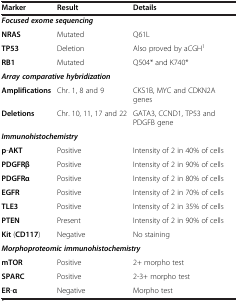
<table><thead><tr><td><b>Marker</b></td><td><b>Result</b></td><td><b>Details</b></td></tr></thead><tbody><tr><td colspan="3"><b><i>Focused exome sequencing</i></b></td></tr><tr><td><b>NRAS</b></td><td>Mutated</td><td>Q61L</td></tr><tr><td><b>TP53</b></td><td>Deletion</td><td>Also proved by aCGH<sup>1</sup></td></tr><tr><td><b>RB1</b></td><td>Mutated</td><td>Q504* and K740*</td></tr><tr><td colspan="3"><b><i>Array comparative hybridization</i></b></td></tr><tr><td><b>Amplifications</b></td><td>Chr. 1, 8 and 9</td><td>CKS1B, MYC and CDKN2A genes</td></tr><tr><td><b>Deletions</b></td><td>Chr. 10, 11, 17 and 22</td><td>GATA3, CCND1, TP53 and PDGFB gene</td></tr><tr><td colspan="3"><b><i>Immunohistochemistry</i></b></td></tr><tr><td><b>p</b>-<b>AKT</b></td><td>Positive</td><td>Intensity of 2 in 40% of cells</td></tr><tr><td><b>PDGFRβ</b></td><td>Positive</td><td>Intensity of 2 in 90% of cells</td></tr><tr><td><b>PDGFRα</b></td><td>Positive</td><td>Intensity of 2 in 80% of cells</td></tr><tr><td><b>EGFR</b></td><td>Positive</td><td>Intensity of 2 in 70% of cells</td></tr><tr><td><b>TLE3</b></td><td>Positive</td><td>Intensity of 2 in 35% of cells</td></tr><tr><td><b>PTEN</b></td><td>Present</td><td>Intensity of 2 in 90% of cells</td></tr><tr><td><b>Kit</b> (<b>CD117</b>)</td><td>Negative</td><td>No staining</td></tr><tr><td colspan="3"><b><i>Morphoproteomic immunohistochemistry</i></b></td></tr><tr><td><b>mTOR</b></td><td>Positive</td><td>2+ morpho test</td></tr><tr><td><b>SPARC</b></td><td>Positive</td><td>2-3+ morpho test</td></tr><tr><td><b>ER</b>-<b>α</b></td><td>Negative</td><td>Morpho test</td></tr></tbody></table>